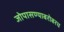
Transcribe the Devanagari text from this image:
जोपासण्याबरोबरच